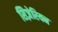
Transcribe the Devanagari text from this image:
सिज़ेरियन